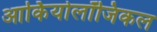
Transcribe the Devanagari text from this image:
आर्कियोलॉजिकल